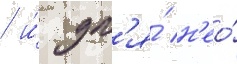
/ и́ дл'я́ н'ео́